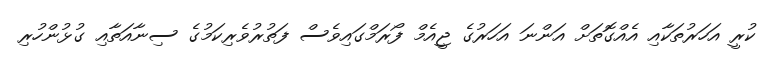
ކުރީ އަހަރުތަކާއި އެއްގޮތަށް އަންނަ އަހަރުގެ ޖީއެމް ފޯރަމްގައިވެސް ފަތުރުވެރިކަމުގެ ސިނާއަތާއި ގުޅުންހުރި